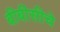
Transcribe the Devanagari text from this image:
बीबीसीचे